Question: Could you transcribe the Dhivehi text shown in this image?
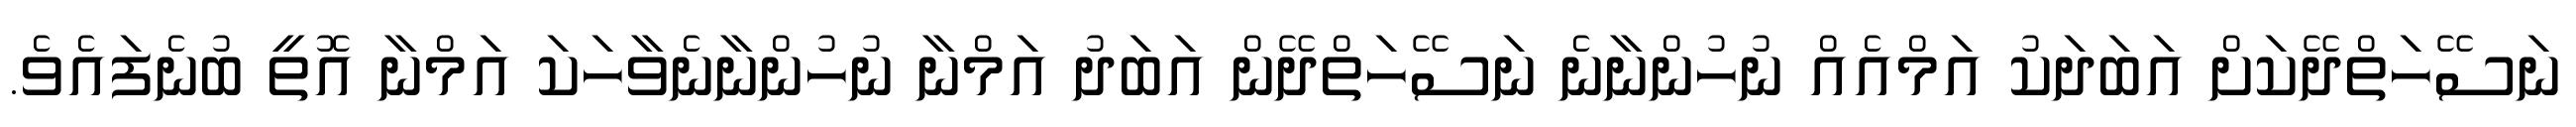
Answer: ނަސޭހަތްދޭކަށް އަބަދަކު އަމްއެއް ނުހުންނާނެ ނަސޭހަތްދޭން އަބަދު އަމްނާ ނުހުންނާނެވާހަކަ އަމްނާ އޮތީ ބުނެފައެވެ.